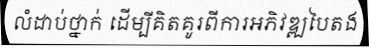
លំដាប់ថ្នាក់ ដើម្បីគិតគូរពីការអភិវឌ្ឍបៃតង